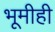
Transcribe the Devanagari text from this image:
भूमीही